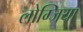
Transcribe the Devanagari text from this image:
लोग्जिया